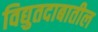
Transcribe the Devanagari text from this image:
विद्युतदाबातील